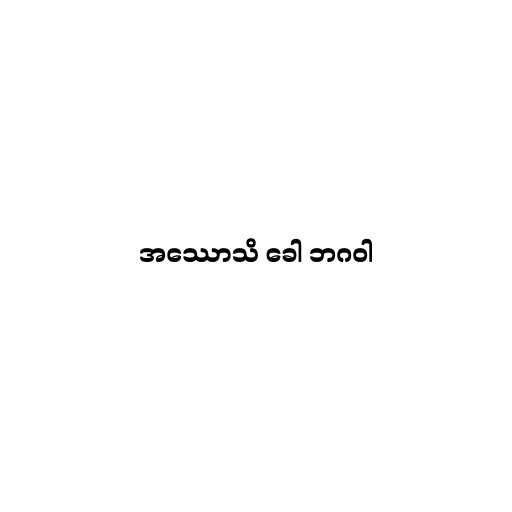
အဿောသိ ခေါ ဘဂဝါ